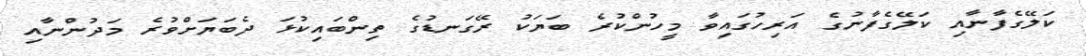
ކަލޭގެފާނާއި ކަލޭގެފާނުގެ އަރިހުގައިވާ މީހުންކުރެ ބަޔަކު ރޭގަނޑުގެ ތިންބައިކުޅަ ދެބަޔަށްވުރެ މަދުންނާއި